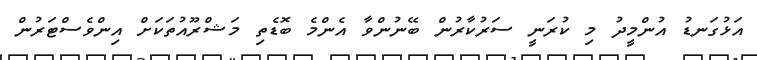
އަޅުގަނޑު އުންމީދު މި ކުރަނީ ސަރުކާރުން ބޭނުންވާ އެންމެ ބޮޑެތި މަޝްރޫއުތަކަށް އިންވެސްޓަރުން